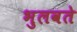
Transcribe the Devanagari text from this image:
भुलवते